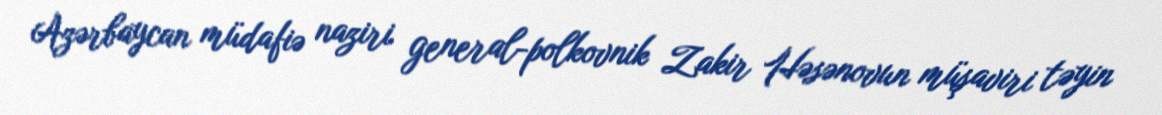
Azərbaycan müdafiə naziri general-polkovnik Zakir Həsənovun müşaviri təyin